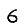
Digit: 6